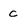
Character: c